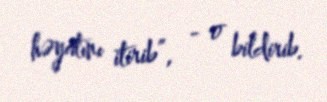
həyatını itirib”, - o bildirib.